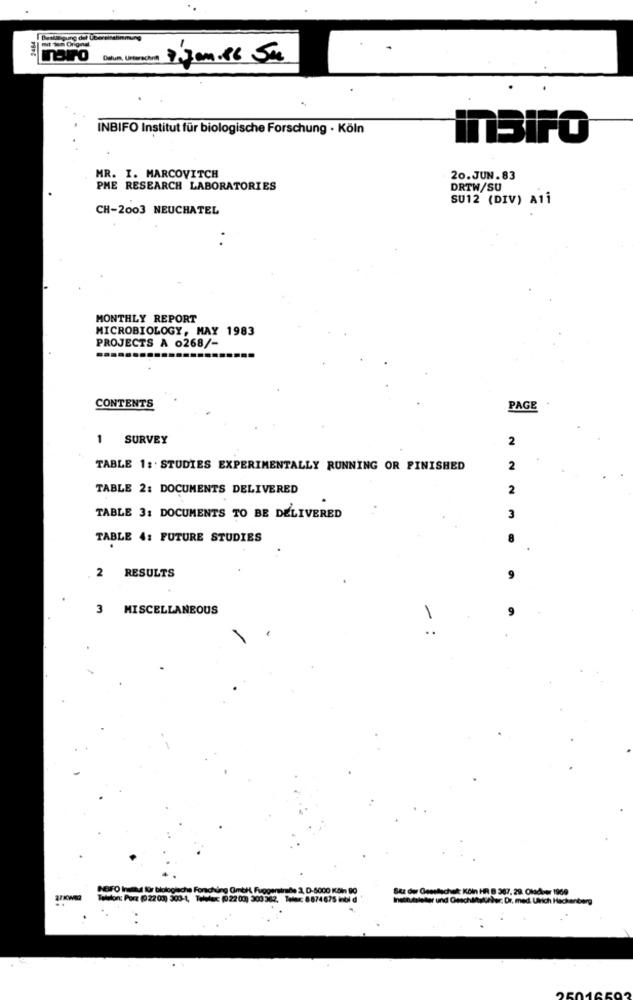
2464
mairo
INBIFO Institut für biologische Forschung · Köln
InBiFO
MR. I. MARCOVITCH
20.JUN.83
PME RESEARCH LABORATORIES
DRTW/SU
SU12 (DIV) A1i
CH-2003 NEUCHATEL
MONTHLY REPORT
MICROBIOLOGY, MAY 1983
PROJECTS A 0268/-
CONTENTS
PAGE
1 SURVEY
2
TABLE 1: STUDIES EXPERIMENTALLY RUNNING OR FINISHED
2
TABLE 2: DOCUMENTS DELIVERED
2
TABLE 3: DOCUMENTS TO BE DELIVERED
3
TABLE 4: FUTURE STUDIES
2 RESULTS
MISCELLANEOUS
9
- :
SAz der Gesellschaft: Köln HR B 367, 29. OMdoer 1969
-
Wewon: Porz ( 22 03) 300-1, Telwex: (0 22 03) 300 362. Totac: 8874675 inbi d
Institutsleter und Geschäftsbuhler. Dr. med. Ulrich Hackenberg